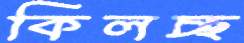
কিলচ্ছ